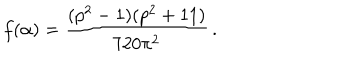
f ( \alpha ) = \frac { ( p ^ { 2 } - 1 ) ( p ^ { 2 } + 1 1 ) } { 7 2 0 \pi ^ { 2 } } \, .